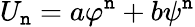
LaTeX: U_{\mathtt{n}}=a\varphi^{\mathtt{n}}+b\psi^{\mathtt{n}}